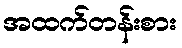
အထက်တန်းစား